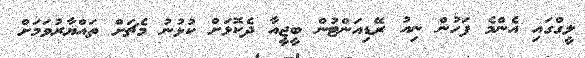
ލީގްގައި އެންމެ ފަހުން ނިއު ރޭޑިއަންޓުން ބީޖީއާ ދެކޮޅަށް ކުޅުނު މެޗަށް ތައްޔާރުވަމަށް